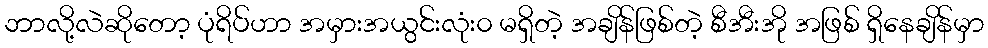
ဘာလို့လဲဆိုတော့ ပုံရိပ်ဟာ အမှားအယွင်းလုံး၀ မရှိတဲ့ အချိန်ဖြစ်တဲ့ စီအီးအို အဖြစ် ရှိနေချိန်မှာ